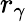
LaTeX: r_{\gamma}